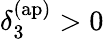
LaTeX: \delta_{3}^{\mathrm{(ap)}}>0